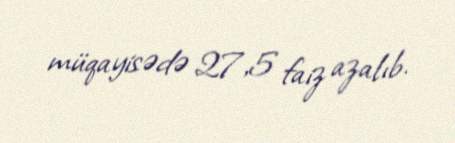
müqayisədə 27,5 faiz azalıb.